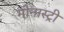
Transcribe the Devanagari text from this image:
मोनास्ट्री